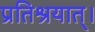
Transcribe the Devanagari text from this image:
प्रतिश्रयात्।